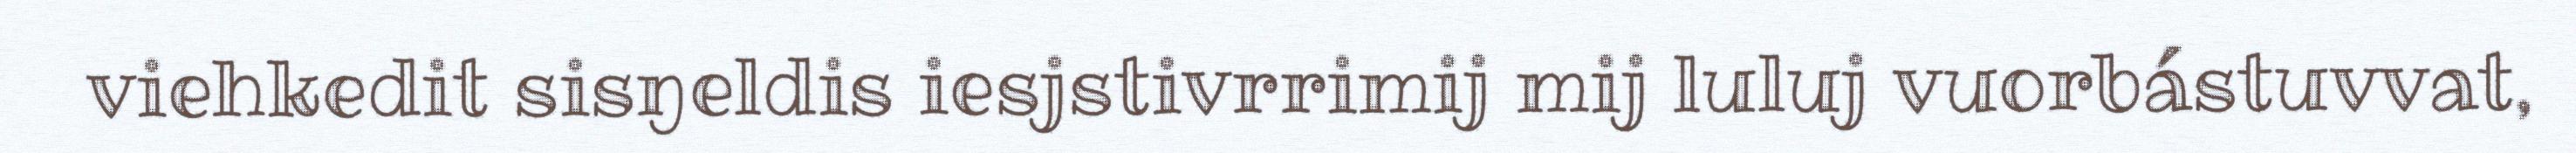
viehkedit sisŋeldis iesjstivrrimij mij luluj vuorbástuvvat,